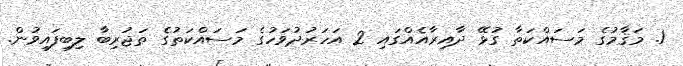
1. މަޤާމުގެ މަސައްކަތާ ގުޅޭ ދާއިރާއެއްގައި 2 އަހަރުދުވަހުގެ މަސައްކަތުގެ ތަޖުރިބާ ލިބިފައިވުން.